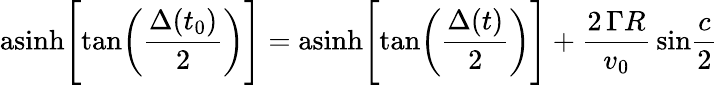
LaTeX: \mathrm{asinh}\Bigg[\mathrm{tan}\bigg({\frac{\Delta(t_{0})}{2}}\bigg)\Bigg]=\mathrm{asinh}\Bigg[\mathrm{tan}\bigg({\frac{\Delta(t)}{2}}\bigg)\Bigg]+{\frac{2\, \Gamma R}{v_{0}}}\, \mathrm{sin}{\frac{c}{2}}